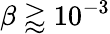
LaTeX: \beta\gtrapprox 10^{-3}